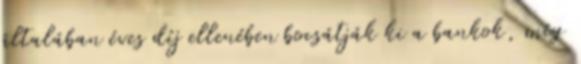
általában éves díj ellenében bocsátják ki a bankok, míg